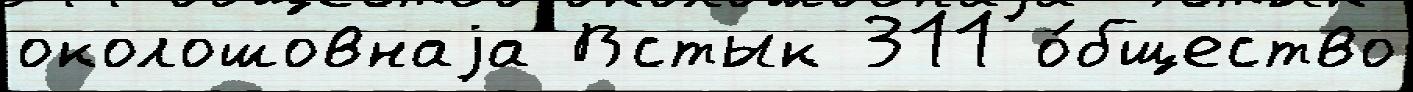
околошовнаjа Встык 311 о́бщество